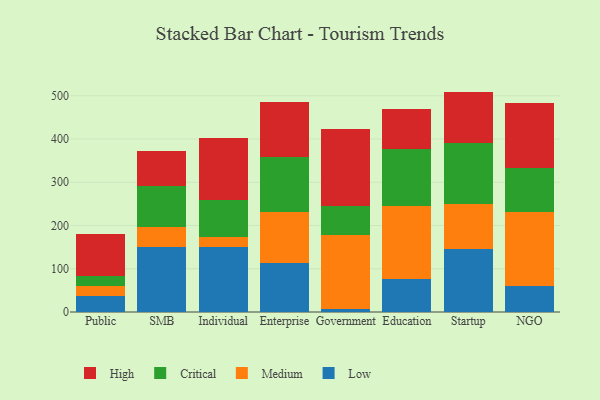
{"axis": {"x": "Segment", "y": "Market Share (%)"}, "legend": ["Critical", "High", "Low", "Medium"], "data": [{"x": "Public", "y": 36.5, "type": "Low"}, {"x": "Public", "y": 24.5, "type": "Medium"}, {"x": "Public", "y": 21.8, "type": "Critical"}, {"x": "Public", "y": 98.4, "type": "High"}, {"x": "SMB", "y": 150.0, "type": "Low"}, {"x": "SMB", "y": 46.3, "type": "Medium"}, {"x": "SMB", "y": 94.1, "type": "Critical"}, {"x": "SMB", "y": 81.0, "type": "High"}, {"x": "Individual", "y": 150.0, "type": "Low"}, {"x": "Individual", "y": 22.6, "type": "Medium"}, {"x": "Individual", "y": 87.1, "type": "Critical"}, {"x": "Individual", "y": 142.9, "type": "High"}, {"x": "Enterprise", "y": 113.3, "type": "Low"}, {"x": "Enterprise", "y": 117.7, "type": "Medium"}, {"x": "Enterprise", "y": 127.2, "type": "Critical"}, {"x": "Enterprise", "y": 128.3, "type": "High"}, {"x": "Government", "y": 6.5, "type": "Low"}, {"x": "Government", "y": 171.1, "type": "Medium"}, {"x": "Government", "y": 68.6, "type": "Critical"}, {"x": "Government", "y": 177.2, "type": "High"}, {"x": "Education", "y": 75.3, "type": "Low"}, {"x": "Education", "y": 170.6, "type": "Medium"}, {"x": "Education", "y": 131.3, "type": "Critical"}, {"x": "Education", "y": 93.4, "type": "High"}, {"x": "Startup", "y": 145.3, "type": "Low"}, {"x": "Startup", "y": 104.5, "type": "Medium"}, {"x": "Startup", "y": 141.0, "type": "Critical"}, {"x": "Startup", "y": 118.9, "type": "High"}, {"x": "NGO", "y": 60.5, "type": "Low"}, {"x": "NGO", "y": 171.7, "type": "Medium"}, {"x": "NGO", "y": 101.2, "type": "Critical"}, {"x": "NGO", "y": 150.4, "type": "High"}]}